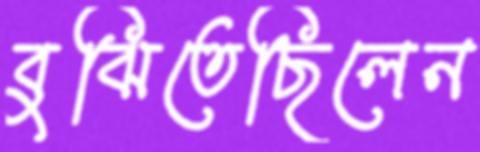
বুঝিতেছিলেন